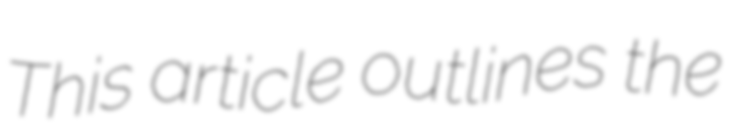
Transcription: This article outlines the